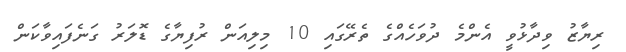
ރިޔާޒު ވިދާޅުވީ އެންމެ ދުވަހެއްގެ ތެރޭގައި 10 މިލިއަން ރުފިޔާގެ ޑޮލަރު ގަނެފައިވާކަން